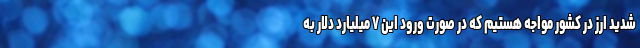
شدید ارز در کشور مواجه هستیم که در صورت ورود این ۷ میلیارد دلار به